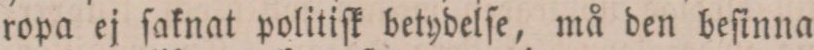
ropa ej ſaknat politiſk betydelſe, må den beſinna